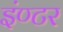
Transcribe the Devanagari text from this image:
इंण्टर